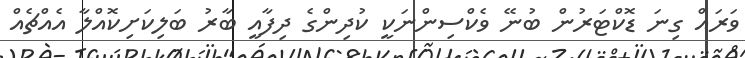
ވަރައް ގިނަ ޑޮކްޓަރުން ބުނޭ ވެކްސިންނަކީ ކުދިންގެ ދިފާއީ ބާރު ބަލިކަށިކޮއްލާ އެއްޗެއް